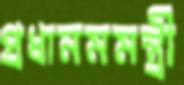
প্রধানমমন্ত্রী